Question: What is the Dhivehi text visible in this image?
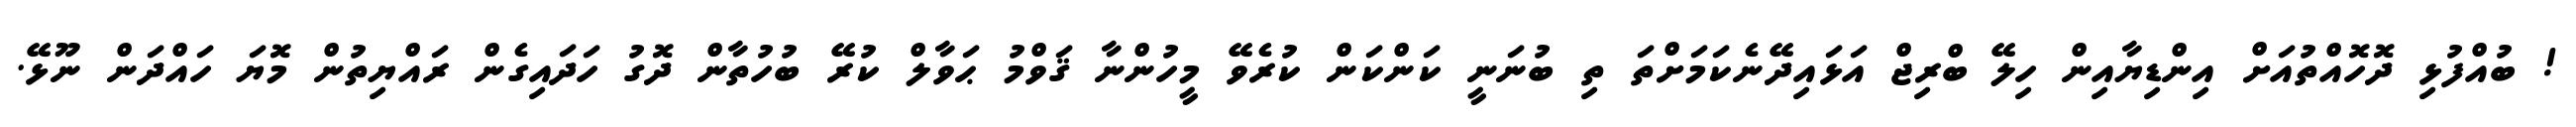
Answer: ! ބުއްފުޅި ދޮހޮއްތުއަށް އިންޑިޔާއިން ހިލޭ ބްރިޖް އަޅައިދޭނެކަމަށްތަ ތި ބުނަނީ ކަންކަން ކުރެވޭ މީހުންނާ ޤަވްމު ޙަވާލް ކުރޭ ބުހުތާން ދޮގު ހަދައިގެން ރައްޔިތުން މޮޔަ ހައްދަން ނޫޅޭ.